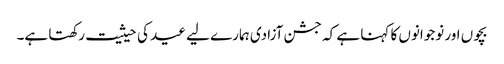
بچوں اور نوجوانوں کا کہنا ہے کہ جشن آزادی ہمارے لیے عید کی حیثیت رکھتا ہے۔